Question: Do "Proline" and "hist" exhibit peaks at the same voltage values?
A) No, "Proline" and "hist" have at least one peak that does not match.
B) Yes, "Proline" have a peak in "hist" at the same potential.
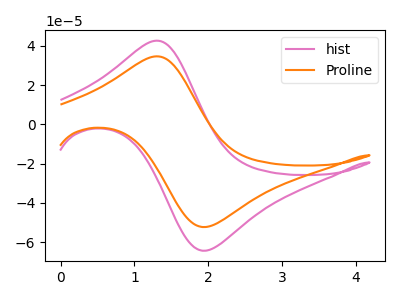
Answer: <think>The pink curve "hist" has an anodic peak at (1.30V, 42.55uA) and a cathodic peak at (2.00V, -64.30uA). The orange curve "Proline" has an anodic peak at (1.30V, 34.60uA) and a cathodic peak at (2.00V, -52.25uA).</think>
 <answer>B) Yes, "Proline" have a peak in "hist" at the same potential.</answer>
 <eval>B</eval>